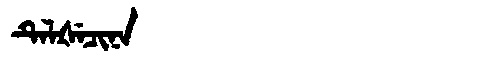
Manchu: ᡨᡝᠯᡧᡝᠴᡳᠨᠠ
Romanization: TELŠECINA